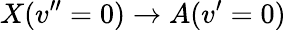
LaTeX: X(v^{\prime\prime}=0)\rightarrow A(v^{\prime}=0)